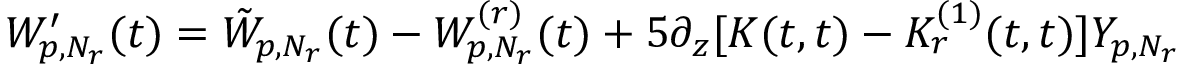
W _ { p , N _ { r } } ^ { \prime } ( t ) = \tilde { W } _ { p , N _ { r } } ( t ) - W _ { p , N _ { r } } ^ { ( r ) } ( t ) + 5 \partial _ { z } [ K ( t , t ) - K _ { r } ^ { ( 1 ) } ( t , t ) ] Y _ { p , N _ { r } }